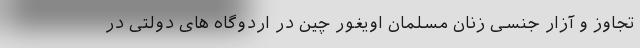
تجاوز و آزار جنسی زنان مسلمان اویغور چین در اردوگاه های دولتی در